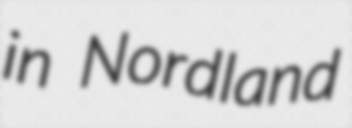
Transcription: in Nordland